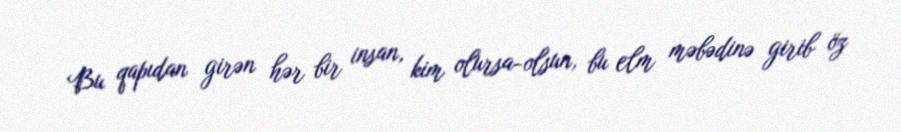
Bu qapıdan girən hər bir insan, kim olursa-olsun, bu elm məbədinə girib öz